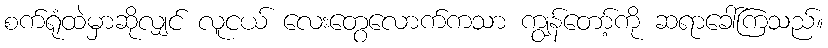
စက်ရုံထဲမှာဆိုလျှင် လူငယ် လေးတွေလောက်ကသာ ကျွန်တော့်ကို ဆရာခေါ်ကြသည်။